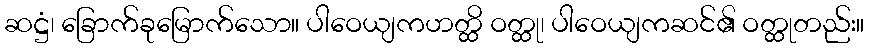
ဆဋ္ဌံ၊ ခြောက်ခုမြောက်သော။ ပါဝေယျကဟတ္ထိ ဝတ္ထု၊ ပါဝေယျကဆင်၏ ဝတ္ထုတည်း။